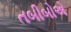
તબીબોએ